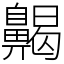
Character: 齃